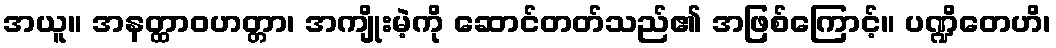
အယူ။ အနတ္ထာဝဟတ္တာ၊ အကျိုးမဲ့ကို ဆောင်တတ်သည်၏ အဖြစ်ကြောင့်။ ပဏ္ဍိတေဟိ၊